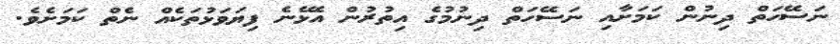
ނަސޭހަތް ދިނުން ކަމަށާއި ނަސޭހަތް ދިނުމުގެ އިތުރުން އެޅޭނެ ފިޔަވަޅުތަކެއް ނެތް ކަމަށެވެ.